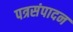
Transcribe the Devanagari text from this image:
पत्रसंपादन